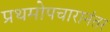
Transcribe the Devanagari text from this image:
प्रथमोपचारानंतर